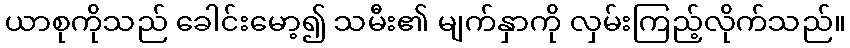
ယာစုကိုသည် ခေါင်းမော့၍ သမီး၏ မျက်နှာကို လှမ်းကြည့်လိုက်သည်။